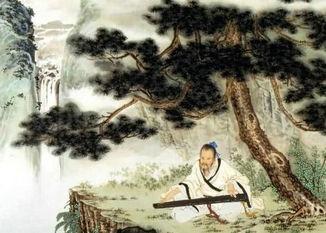
世人解听不解赏，长飙风中自来往。